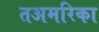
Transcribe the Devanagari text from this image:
तअमरिका